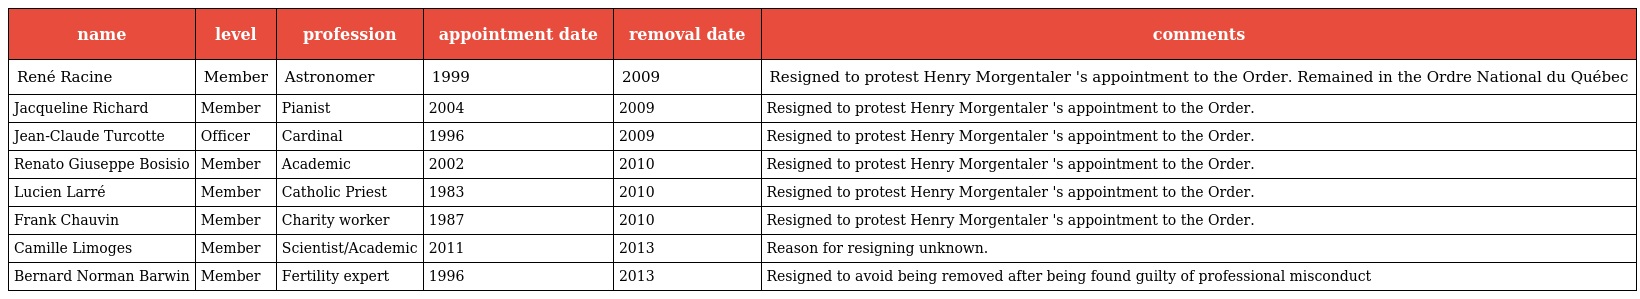
| name | level | profession | appointment date | removal date | comments |
 | --- | --- | --- | --- | --- | --- |
 | René Racine | Member | Astronomer | 1999 | 2009 | Resigned to protest Henry Morgentaler 's appointment to the Order. Remained in the Ordre National du Québec |
 | Jacqueline Richard | Member | Pianist | 2004 | 2009 | Resigned to protest Henry Morgentaler 's appointment to the Order. |
 | Jean-Claude Turcotte | Officer | Cardinal | 1996 | 2009 | Resigned to protest Henry Morgentaler 's appointment to the Order. |
 | Renato Giuseppe Bosisio | Member | Academic | 2002 | 2010 | Resigned to protest Henry Morgentaler 's appointment to the Order. |
 | Lucien Larré | Member | Catholic Priest | 1983 | 2010 | Resigned to protest Henry Morgentaler 's appointment to the Order. |
 | Frank Chauvin | Member | Charity worker | 1987 | 2010 | Resigned to protest Henry Morgentaler 's appointment to the Order. |
 | Camille Limoges | Member | Scientist/Academic | 2011 | 2013 | Reason for resigning unknown. |
 | Bernard Norman Barwin | Member | Fertility expert | 1996 | 2013 | Resigned to avoid being removed after being found guilty of professional misconduct |